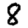
Digit: 8